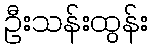
ဦးသန်းထွန်း